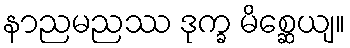
နာညမညဿ ဒုက္ခ မိစ္ဆေယျ။